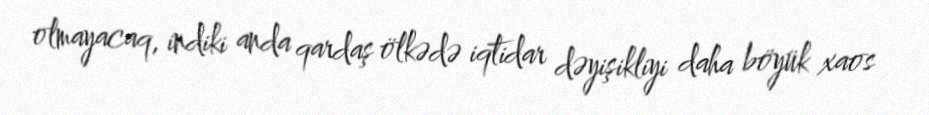
olmayacaq, indiki anda qardaş ölkədə iqtidar dəyişikliyi daha böyük xaos